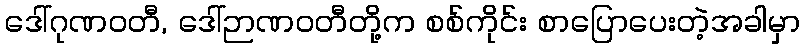
ဒေါ်ဂုဏဝတီ, ဒေါ်ဉာဏဝတီတို့က စစ်ကိုင်း စာပြောပေးတဲ့အခါမှာ